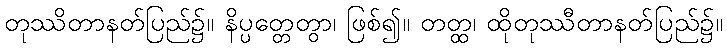
တုဿိတာနတ်ပြည်၌။ နိပ္ပတ္တေတွာ၊ ဖြစ်၍။ တတ္ထ၊ ထိုတုဿီတာနတ်ပြည်၌။